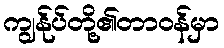
ကျွန်ုပ်တို့၏တာဝန်မှာ